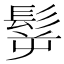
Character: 𩬸